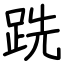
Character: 跣